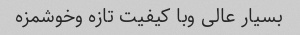
بسیار عالی وبا کیفیت تازه وخوشمزه